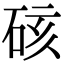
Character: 硋